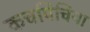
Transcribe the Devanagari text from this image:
कचपिचिया